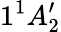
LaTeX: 1^{1}A_{2}^{\prime}